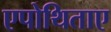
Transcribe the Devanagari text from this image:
एपोथिताए